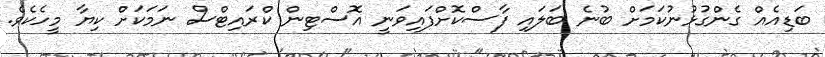
ބަޑިއެއް ގެންގުޅުނުކަމަށް ބުނެ ބަލައި ފާސްކޮށްފައިވަނީ އޮސްޓިން ކްރައިޓްސް ނަމަކަށް ކިޔާ މީހެކެވެ.